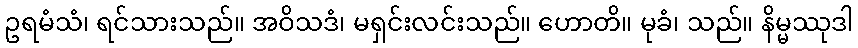
ဥရမံသံ၊ ရင်သားသည်။ အဝိသဒံ၊ မရှင်းလင်းသည်။ ဟောတိ။ မုခံ၊ သည်။ နိမ္မဿုဒါ